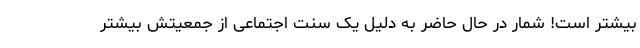
بیشتر است! شمار در حال حاضر به دلیل یک سنت اجتماعی از جمعیتش بیشتر